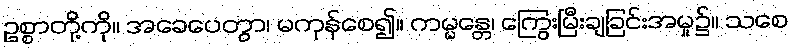
ဥစ္စာတို့ကို။ အခေပေတွာ၊ မကုန်စေ၍။ ကမ္မန္တေ၊ ကြွေးမြီးချခြင်းအမှု၌။ သစေ